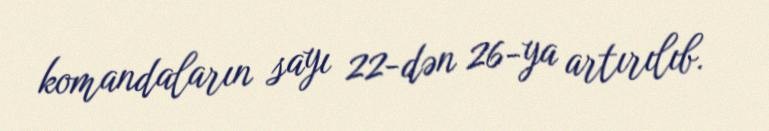
komandaların sayı 22-dən 26-ya artırılıb.